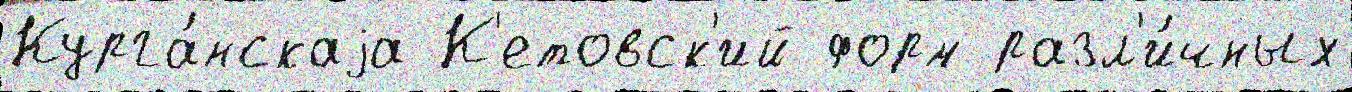
Курга́нскаjа К'етовск'ий форм разл'и́чных